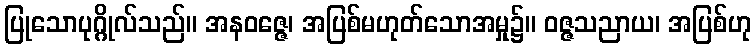
ပြုသောပုဂ္ဂိုလ်သည်။ အနဝဇ္ဇေ၊ အပြစ်မဟုတ်သောအမှု၌။ ဝဇ္ဇသညာယ၊ အပြစ်ဟု